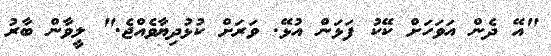
"އޭ ދެން އަވަހަށް ކޭކު ފަޅަން އުޅޭ. ވަރަށް ކުޅުދިޔާވެއްޖެ." ލީވާން ބާރު